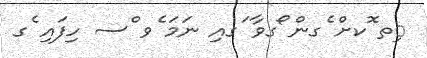
ިތ ޮކށް ެގން ޯގވާ ަގއި ނަމަ ެވ ްސ ހިފައި ެގ